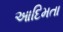
આદિમતા